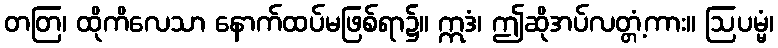
တတြ၊ ထိုကိလေသာ နောက်ထပ်မဖြစ်ရာ၌။ ဣဒံ၊ ဤဆိုအပ်လတ္တံ့ကား။ ဩပမ္မံ၊